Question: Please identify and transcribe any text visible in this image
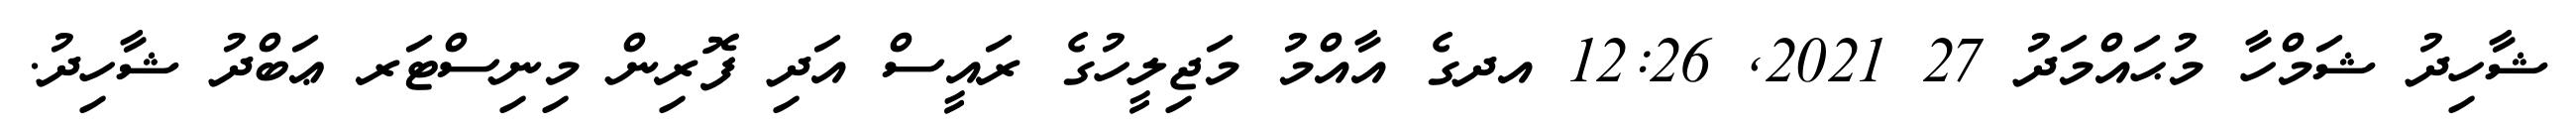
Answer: ޝާހިދު ޝަމްހާ މުޙައްމަދު 27 2021, 12:26 އދގެ އާއްމު މަޖިލީހުގެ ރައީސް އަދި ފޮރިން މިނިސްޓަރ ޢަބްދު ޝާހިދު.